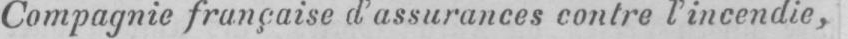
Compagnie française d’assurancescontre l’incendie,